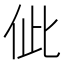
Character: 佌